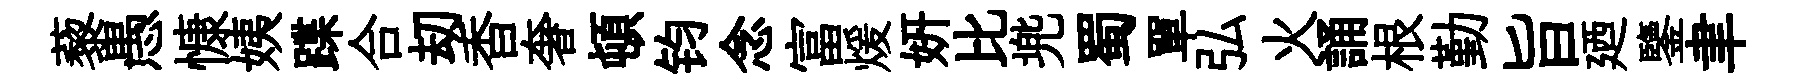
藜愚慷姨蹀合刧香奢頓钧念富煖妍比兠蜀單弘火誦根勤旨廼鑒聿